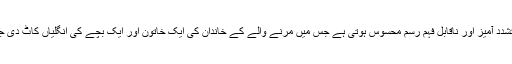
یہ بہت تشدد آمیز اور ناقابل فہم رسم محسوس ہوتی ہے جس میں مرنے والے کے خاندان کی ایک خاتون اور ایک بچے کی انگلیاں کاٹ دی جاتی ہیں۔